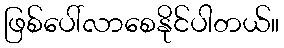
ဖြစ်ပေါ်လာစေနိုင်ပါတယ်။